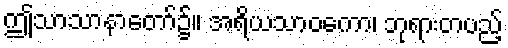
ဤသာသာနာတော်၌။ အရိယသာဝကော၊ ဘုရားတပည့်